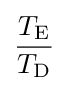
{\frac {T_{\rm {E}}}{T_{\rm {D}}}}